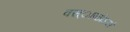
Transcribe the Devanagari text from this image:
वस्ाष्ठोऽयं